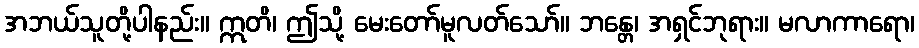
အဘယ်သူတို့ပါနည်း။ ဣတိ၊ ဤသို့ မေးတော်မူလတ်သော်။ ဘန္တေ၊ အရှင်ဘုရား။ မလာကာရော၊